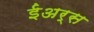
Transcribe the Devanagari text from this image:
ईअर्स